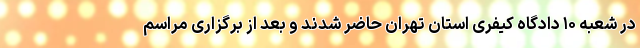
در شعبه ۱۰ دادگاه کیفری استان تهران حاضر شدند و بعد از برگزاری مراسم